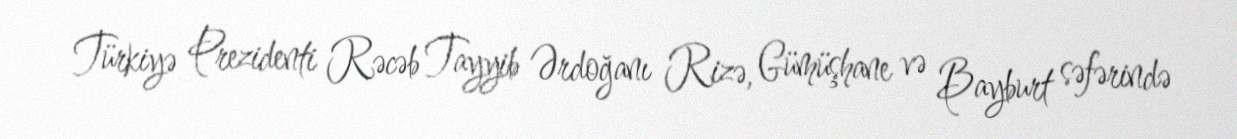
Türkiyə Prezidenti Rəcəb Tayyib Ərdoğanı Rizə, Gümüşhane və Bayburt səfərində